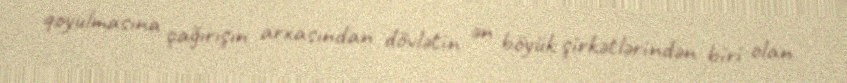
qoyulmasına çağırışın arxasından dövlətin ən böyük şirkətlərindən biri olan